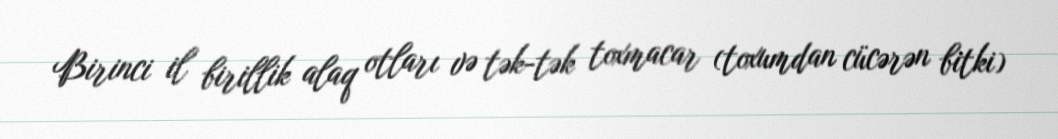
Birinci il birillik alaq otları və tək-tək toxmacar (toxumdan cücərən bitki)